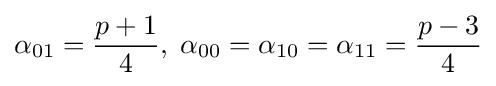
\alpha _{01}={\frac {p+1}{4}},\;\alpha _{00}=\alpha _{10}=\alpha _{11}={\frac {p-3}{4}}